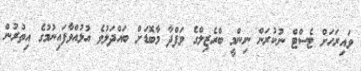
ވައިރަހަށް ޓެސްޓް ނުކުރަން ނިންމީ ބްރެޒިލްގެ ވަފްދާ މާބޮޑަށް ބައްދަލުވެ އުޅުއްވާފައިނުމުގެ އިތުރުން